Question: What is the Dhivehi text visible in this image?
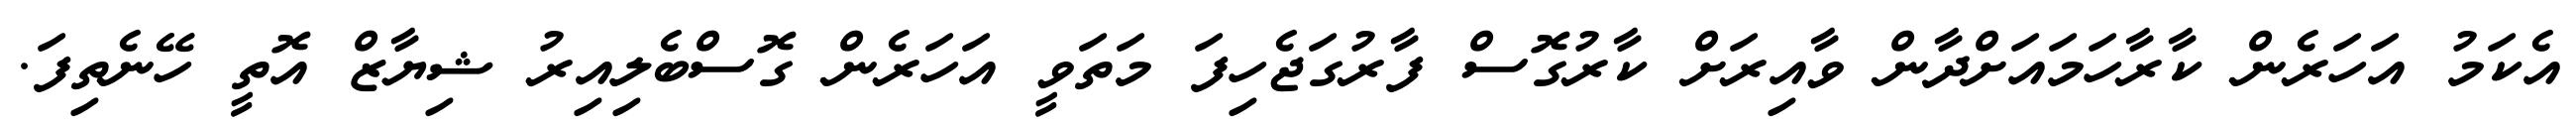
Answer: އެކަމު އަހަރެން ކާރާހަމައަށްދާން ވާއިރަށް ކާރުގޮސް ފާރުގަޖެހިފަ މަތަވީ އަހަރެން ގޮސްބެލިއިރު ޝިޔާޒް އޮތީ ހޭނެތިފަ.